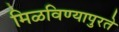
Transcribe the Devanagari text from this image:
मिळविण्यापुरते